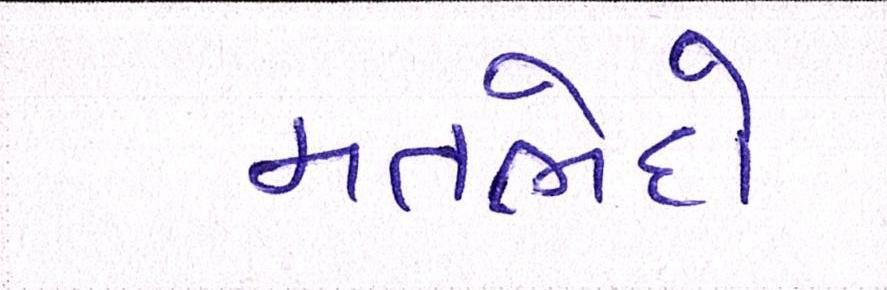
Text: મતભેદો